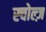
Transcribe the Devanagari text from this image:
स्चोल्ज़